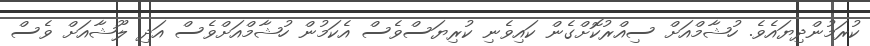
ކުރަމުންދިޔައެވެ. ހުޝާމްއަށް ސިއްރުކޮށްގެން ކައިވެނި ކުރިޔަސްވެސް އެކަމުން ހުޝާމްއަށްވެސް އަދި ލޫޝާއަށް ވެސް